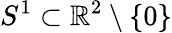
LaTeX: S^{1}\subset\mathbb{R}^{2}\setminus\{ 0\}